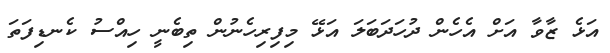
އަޅެ ޒާވާ އަށް އެހެން ދުހަދަބަލަ އަޅޭ މިފިރިހެނުން ތިބެނީ ހިއްސު ކެނޑިފަތަ